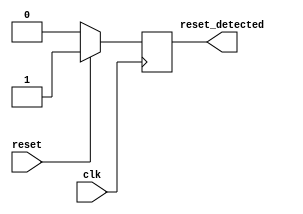
module synchronous_reset_detector (
    input wire clk,           // Clock signal
    input wire reset,         // Active-high asynchronous reset signal
    output reg reset_detected  // Output indicating reset condition
);

    // Synchronous reset detection logic
    always @(posedge clk) begin
        if (reset) begin
            reset_detected <= 1'b1;  // Set output high if reset is detected
        end else begin
            reset_detected <= 1'b0;  // Clear output if reset is not detected
        end
    end

endmodule